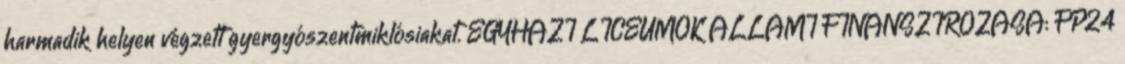
harmadik helyen végzett gyergyószentmiklósiakat. EGYHÁZI LÍCEUMOK ÁLLAMI FINANSZÍROZÁSA: FP24